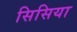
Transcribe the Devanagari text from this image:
सिसिया